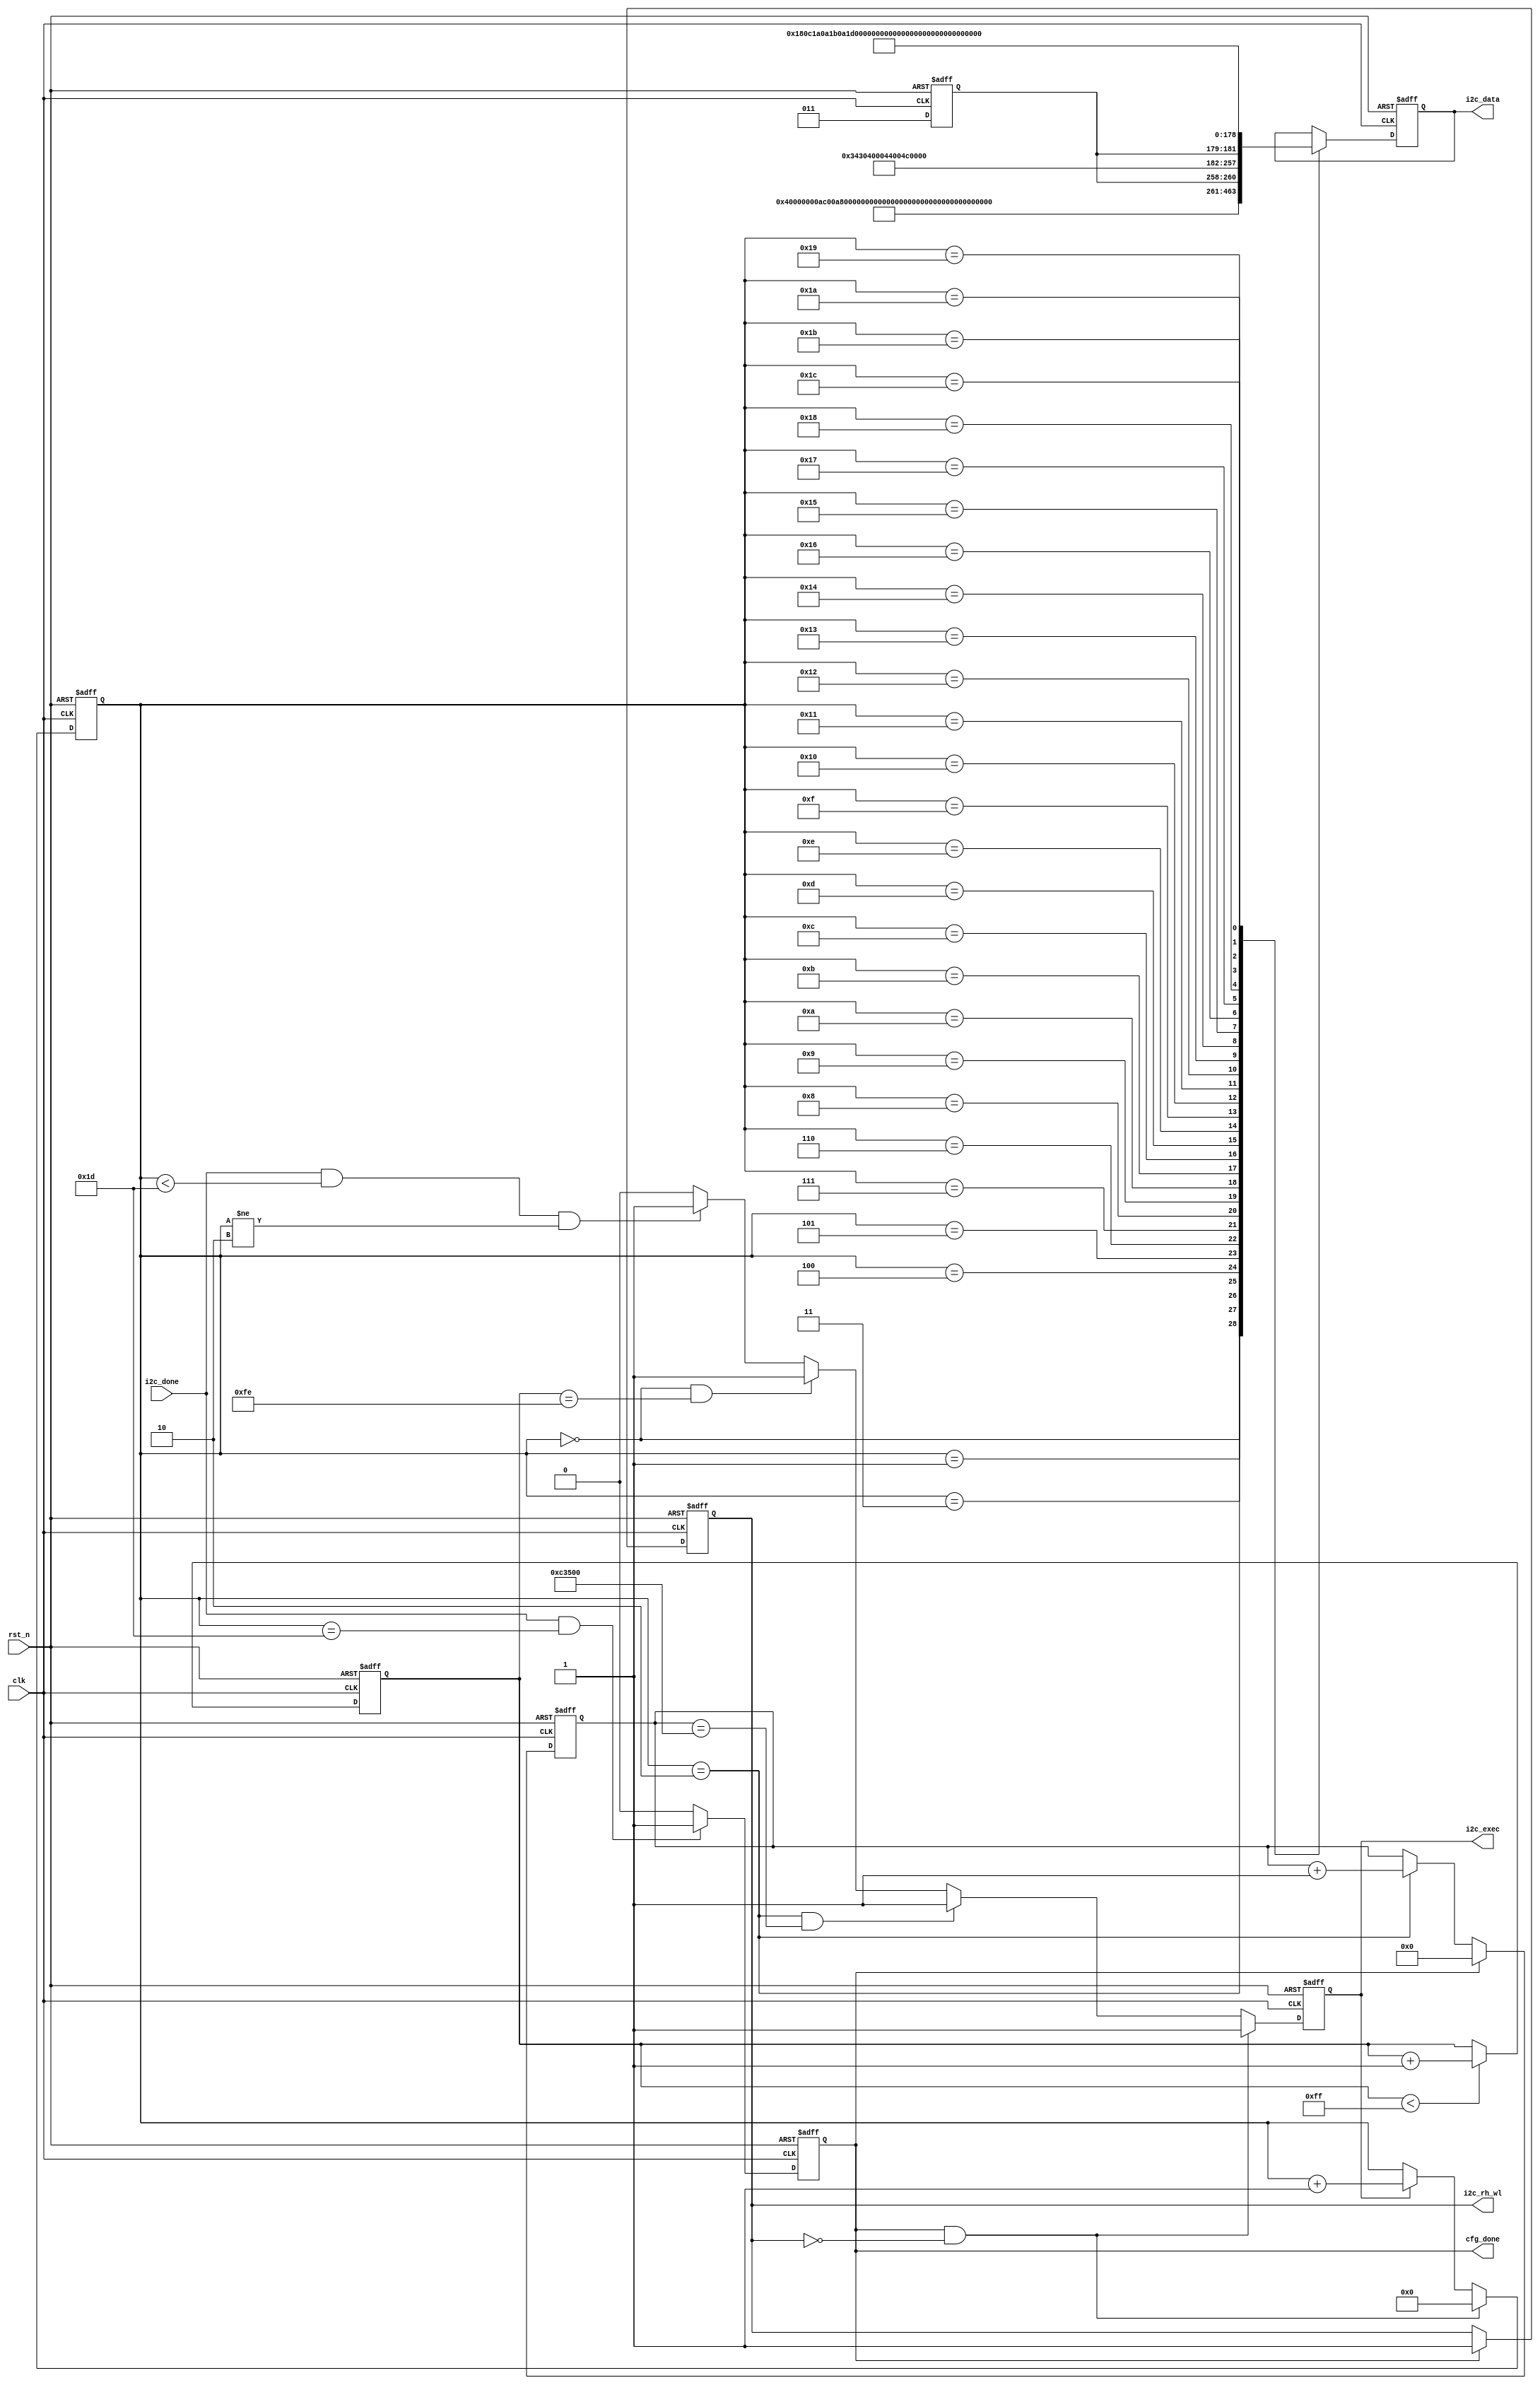
module i2c_reg_cfg (
    input             clk,
    input             rst_n,
    input             i2c_done,
    output reg        i2c_rh_wl,
    output reg        i2c_exec,
    output reg        cfg_done,
    output reg [15:0] i2c_data
);

  parameter WL = 6'd16;
  localparam REG_NUM = 6'd29;
  localparam PHONE_VOLUME = 6'd20;
  localparam SPEAK_VOLUME = 6'd30;

  reg [ 2:0] wl;
  reg [ 7:0] start_init_cnt;
  reg [ 5:0] init_reg_cnt;
  reg [23:0] cnt_delay;

  always @(posedge clk or negedge rst_n) begin
    if (!rst_n) wl <= 3'b00;
    else begin
      case (WL)
        6'd16:   wl <= 3'b011;
        6'd18:   wl <= 3'b010;
        6'd20:   wl <= 3'b001;
        6'd24:   wl <= 3'b000;
        6'd32:   wl <= 3'b100;
        default: wl <= 3'b000;
      endcase
    end
  end


  always @(posedge clk or negedge rst_n) begin
    if (!rst_n) start_init_cnt <= 8'd0;
    else if (start_init_cnt < 8'hff) start_init_cnt <= start_init_cnt + 1'b1;
  end


  always @(posedge clk or negedge rst_n) begin
    if (!rst_n) i2c_exec <= 1'b0;
    else if (cfg_done == 1 && i2c_rh_wl == 0) i2c_exec <= 1'b1;
    else if (init_reg_cnt == 2 && cnt_delay == 800_000) i2c_exec <= 1'b1;
    else if (init_reg_cnt == 5'd0 & start_init_cnt == 8'hfe) i2c_exec <= 1'b1;
    else if (i2c_done && init_reg_cnt < REG_NUM && init_reg_cnt != 2) i2c_exec <= 1'b1;
    else i2c_exec <= 1'b0;
  end


  always @(posedge clk or negedge rst_n) begin
    if (!rst_n) init_reg_cnt <= 5'd0;
    else if (cfg_done == 1 && i2c_rh_wl == 0) init_reg_cnt <= 5'd0;
    else if (i2c_exec) init_reg_cnt <= init_reg_cnt + 1'b1;
  end


  always @(posedge clk or negedge rst_n) begin
    if (!rst_n) cfg_done <= 1'b0;
    else if (i2c_done & (init_reg_cnt == REG_NUM)) cfg_done <= 1'b1;
    else cfg_done <= 1'b0;
  end


  always @(posedge clk or negedge rst_n) begin
    if (!rst_n) i2c_rh_wl <= 1'b0;
    else if (cfg_done) i2c_rh_wl <= 1'b1;
    else i2c_rh_wl <= i2c_rh_wl;
  end


  always @(posedge clk or negedge rst_n) begin
    if (!rst_n) cnt_delay <= 1'b0;
    else if (cfg_done) cnt_delay <= 1'b0;
    else if (init_reg_cnt == 2) cnt_delay <= cnt_delay + 1;
    else cnt_delay <= cnt_delay;
  end


  always @(posedge clk or negedge rst_n) begin
    if (!rst_n) i2c_data <= 16'b0;
    else begin
      case (init_reg_cnt)
        6'd0:    i2c_data <= {8'd0, 8'h80};
        6'd1:    i2c_data <= {8'd0, 8'h00};
        6'd2:    i2c_data <= {8'd1, 8'h58};
        6'd3:    i2c_data <= {8'd1, 8'h50};
        6'd4:    i2c_data <= {8'd2, 8'hf3};
        6'd5:    i2c_data <= {8'd2, 8'h00};
        6'd6:    i2c_data <= {8'd3, 8'h09};
        6'd7:    i2c_data <= {8'd0, 8'h06};
        6'd8:    i2c_data <= {8'd4, 8'h3c};
        6'd9:    i2c_data <= {8'd8, 8'h00};
        6'd10:   i2c_data <= {8'd9, 8'h66};
        6'd11:   i2c_data <= {8'd10, 8'h50};
        6'd12:   i2c_data <= {8'd12, 2'b01, 1'b0, wl, 2'b0};
        6'd13:   i2c_data <= {8'd13, 8'h0c};
        6'd14:   i2c_data <= {8'd16, 8'h00};
        6'd15:   i2c_data <= {8'd17, 8'h00};
        6'd16:   i2c_data <= {8'd18, 8'hc0};
        6'd17:   i2c_data <= {8'd23, 2'b0, wl, 3'b0};
        6'd18:   i2c_data <= {8'd24, 8'h0c};
        6'd19:   i2c_data <= {8'd26, 8'h0a};
        6'd20:   i2c_data <= {8'd27, 8'h0a};
        6'd21:   i2c_data <= {8'd29, 8'h1c};
        6'd22:   i2c_data <= {8'd39, 8'hf8};
        6'd23:   i2c_data <= {8'd42, 8'hf8};
        6'd24:   i2c_data <= {8'd43, 8'h80};
        6'd25:   i2c_data <= {8'd46, 2'b0, PHONE_VOLUME};
        6'd26:   i2c_data <= {8'd47, 2'b0, PHONE_VOLUME};
        6'd27:   i2c_data <= {8'd48, 2'b0, SPEAK_VOLUME};
        6'd28:   i2c_data <= {8'd49, 2'b0, SPEAK_VOLUME};
        default: ;
      endcase
    end
  end

endmodule